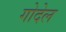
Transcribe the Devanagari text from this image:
गोदेल